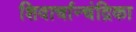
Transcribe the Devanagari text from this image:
शिवार्चान्चंद्रिका